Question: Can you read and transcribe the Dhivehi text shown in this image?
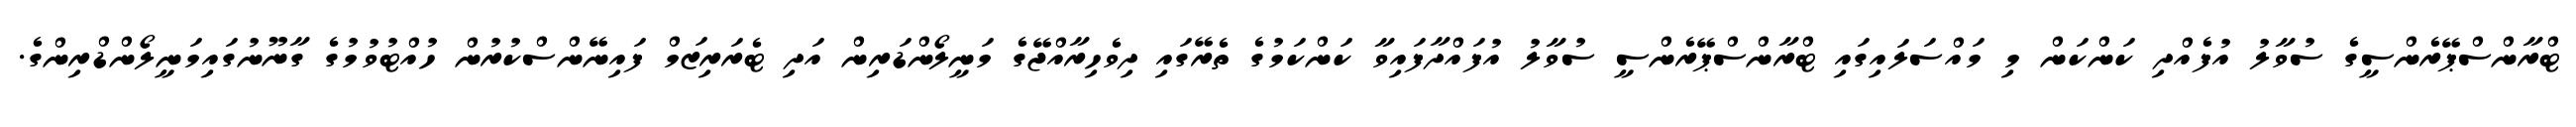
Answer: ޓްރާންސްޕޭރެންސީގެ ސުވާލު އުފެއްދި ކަންކަން މި މައްސަލައިގައި ޓްރާންސްޕޭރެންސީ ސުވާލު އުފައްދާފައިވާ ކަންކަމުގެ ތެރޭގައި ދިވެހިރާއްޖޭގެ މަނީލޯންޑަރިން އަދި ޓެރަރިޒަމް ފައިނޭންސްކުރުން ހުއްޓުވުމުގެ ގާނޫނުގައިމަނީލޯންޑްރިންގެ.